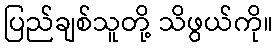
ပြည်ချစ်သူတို့ သိဖွယ်ကို။